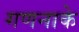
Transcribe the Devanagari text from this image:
गणनाके